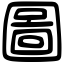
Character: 圖